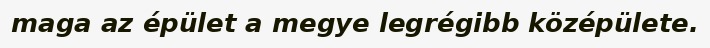
maga az épület a megye legrégibb középülete.